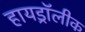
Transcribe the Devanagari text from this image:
हायड्रॉलीक